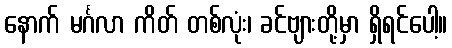
နောက် မင်္ဂလာ ကိတ် တစ်လုံး၊ ခင်ဗျားတို့မှာ ရှိရင်ပေါ့။